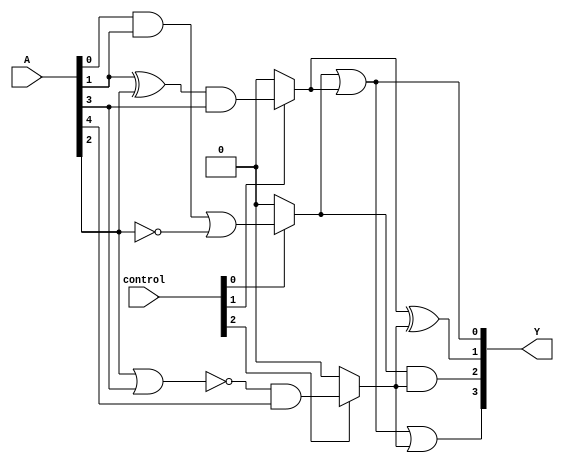
module combinational_logic_block #(
    parameter N = 8,  // Number of input lines
    parameter M = 3,  // Number of overlapping groups
    parameter O = 4   // Number of output lines
)(
    input  wire [N-1:0] A,  // Input vector
    input  wire [M-1:0] control, // Control signals for group activation
    output wire [O-1:0] Y   // Output vector
);

// Intermediate signals for each group
wire [N-1:0] group_outputs [0:M-1];

// Group 0: Operates on A[0], A[1], A[2]
assign group_outputs[0] = (control[0]) ? (A[0] & A[1]) | (~A[2]) : 0;

// Group 1: Operates on A[1], A[2], A[3]
assign group_outputs[1] = (control[1]) ? (A[1] ^ A[2]) & A[3] : 0;

// Group 2: Operates on A[2], A[3], A[4]
assign group_outputs[2] = (control[2]) ? ~(A[2] | A[3]) & A[4] : 0;

// Combine outputs from groups to generate final outputs
assign Y[0] = group_outputs[0] | group_outputs[1]; // Output from Group 0 and Group 1
assign Y[1] = group_outputs[1] ^ group_outputs[2]; // Output from Group 1 and Group 2
assign Y[2] = group_outputs[0] & group_outputs[2]; // Output from Group 0 and Group 2
assign Y[3] = group_outputs[0] | group_outputs[1] | group_outputs[2]; // Combined output

endmodule